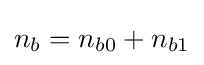
n_{b}=n_{b0}+n_{b1}